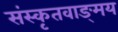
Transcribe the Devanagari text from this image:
संस्कृतवाङ्‌मय